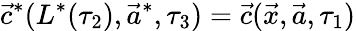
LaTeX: \vec{c}^{*}(L^{*}(\tau_{2}),\vec{a}^{*},\tau_{3})=\vec{c}(\vec{x},\vec{a},\tau_{1})